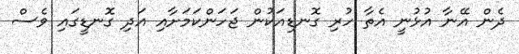
ދެން އޭނާ އުޅުނީ އެތާ ހުރި ގޮނޑިއަކުން ޖަހަންކަމަށާއި އަދި ގޮނޑީގައި ވެސް